Scottish Leaving Certificate Examination, 1953
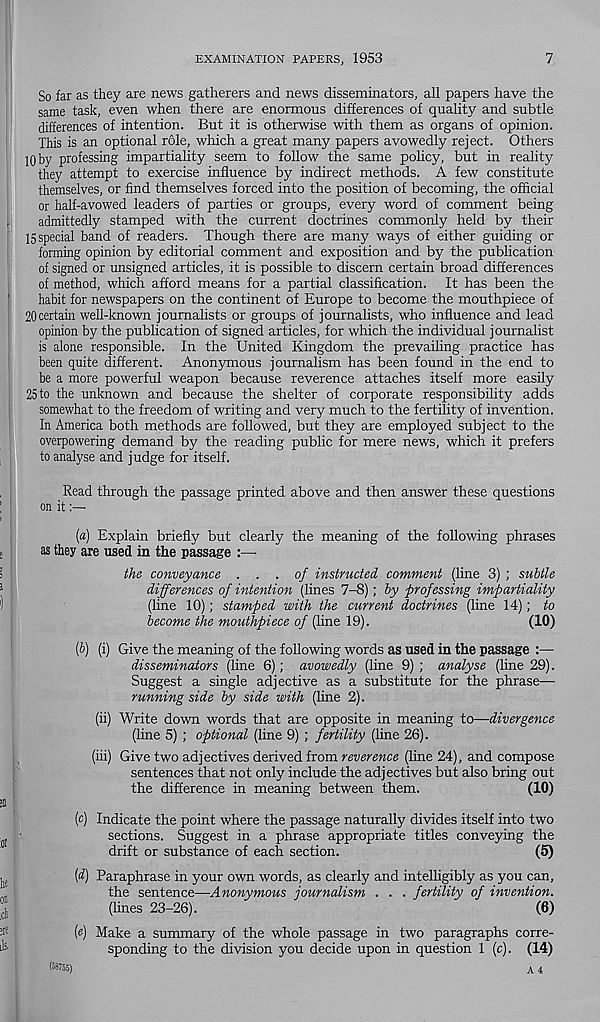
EXAMINATION PAPERS, 1953
7
So far as they are news gatherers and news disseminators, all papers have the
same task, even when there are enormous differences of quality and subtle
differences of intention. But it is otherwise with them as organs of opinion.
This is an optional role, which a great many papers avowedly reject. Others
10 by professing impartiality seem to follow the same policy, but in reality
they attempt to exercise influence by indirect methods. A few constitute
themselves, or find themselves forced into the position of becoming, the official
or half-avowed leaders of parties or groups, every word of comment being
admittedly stamped with the current doctrines commonly held by their
15 special band of readers. Though there are many ways of either guiding or
forming opinion by editorial comment and exposition and by the publication
of signed or unsigned articles, it is possible to discern certain broad differences
of method, which afford means for a partial classification. It has been the
habit for newspapers on the continent of Europe to become the mouthpiece of
20 certain well-known journalists or groups of journalists, who influence and lead
opinion by the publication of signed articles, for which the individual journalist
is alone responsible. In the United Kingdom the prevailing practice has
been quite different. Anonymous journalism has been found in the end to
be a more powerful weapon because reverence attaches itself more easily
25 to the unknown and because the shelter of corporate responsibility adds
somewhat to the freedom of writing and very much to the fertility of invention.
In America both methods are followed, but they are employed subject to the
overpowering demand by the reading public for mere news, which it prefers
to analyse and judge for itself.
Read through the passage printed above and then answer these questions
on it
[а) Explain briefly but clearly the meaning of the following phrases
as they are used in the passage :—-
the conveyance ... of instructed, comment (line 3) ; sultle
differences of intention (lines 7-8); by professing impartiality
(line 10); stamped with the current doctrines (line 14); to
become the mouthpiece of (line 19).
(10)
(б) (i) Give the meaning of the following words as used in the passage :—
disseminators (line 6); avowedly (line 9) ; analyse (line 29).
Suggest a single adjective as a substitute for the phrase—•
running side by side with (line 2).
(ii) Write down words that are opposite in meaning to—divergence
(line 5) ; optional (line 9) ; fertility (line 26).
(iii) Give two adjectives derived from reverence (line 24), and compose
sentences that not only include the adjectives but also bring out
the difference in meaning between them.
(10)
(c) Indicate the point where the passage naturally divides itself into two
sections. Suggest in a phrase appropriate titles conveying the
drift or substance of each section.
(5)
[d) Paraphrase in your own words, as clearly and intelligibly as you can,
the sentence—Anonymous journalism . . . fertility of invention.
(lines 23-26).
(6)
(«) Make a summary of the whole passage in two paragraphs corre-
sponding to the division you decide upon in question 1 (c). (14)
(58755)
A 4